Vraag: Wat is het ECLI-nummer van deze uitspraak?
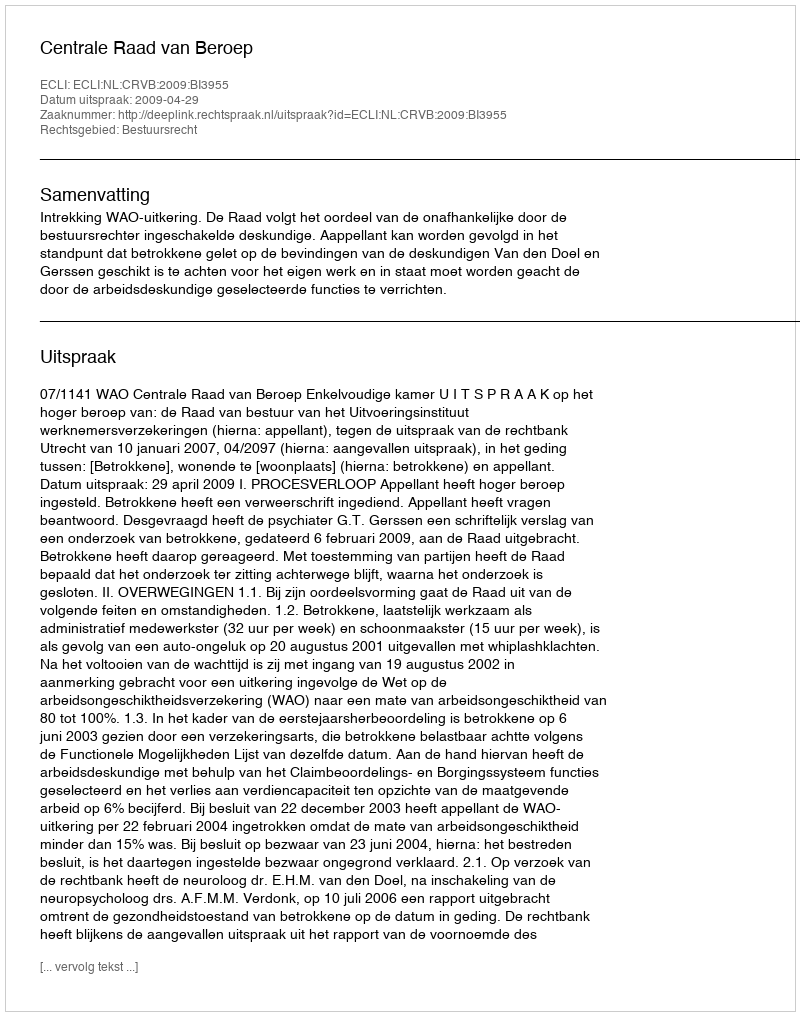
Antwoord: ECLI:NL:CRVB:2009:BI3955